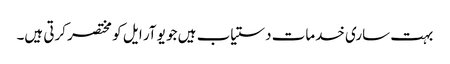
بہت ساری خدمات دستیاب ہیں جو یو آر ایل کو مختصر کرتی ہیں۔